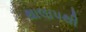
થાલાપથી